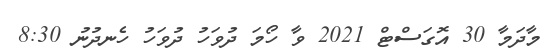
މާދަމާ 30 އޮގަސްޓް 2021 ވާ ހޯމަ ދުވަހު ދުވަހު ހެނދުނު 8:30